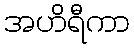
အဟိရီကာ